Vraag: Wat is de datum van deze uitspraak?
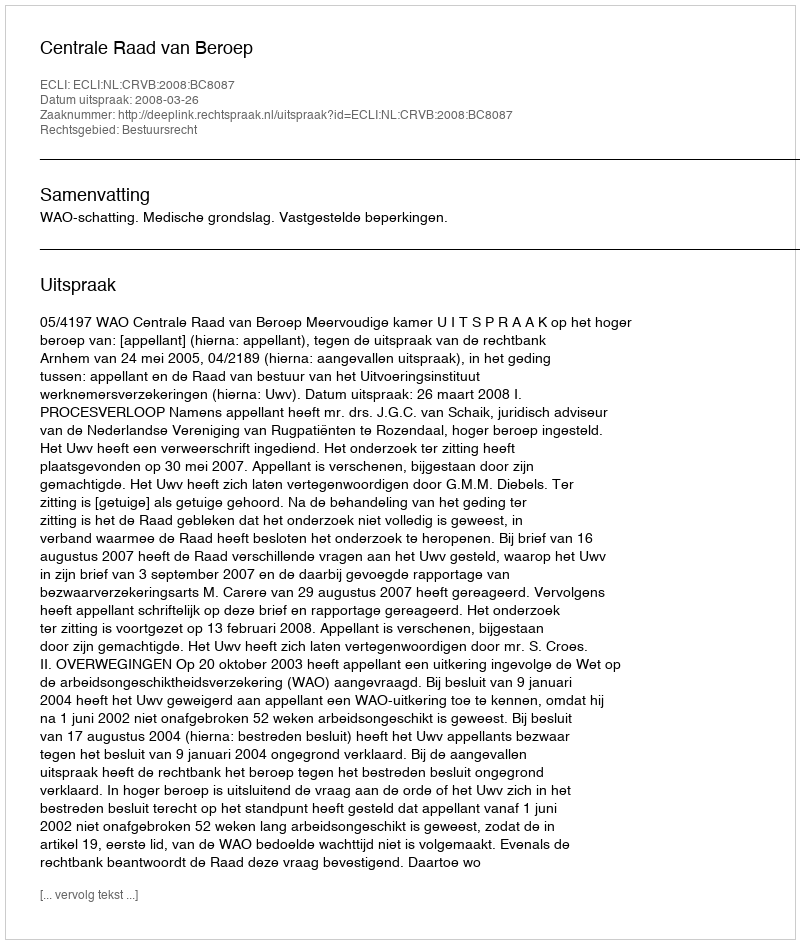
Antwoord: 2008-03-26